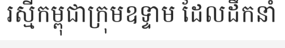
រស្មីកម្ពុជាក្រុមឧទ្ទាម ដែលដឹកនាំ